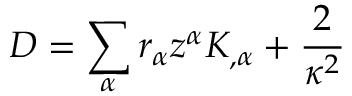
D = \sum _ { \alpha } r _ { \alpha } z ^ { \alpha } K _ { , \alpha } + \frac { 2 } { \kappa ^ { 2 } }